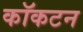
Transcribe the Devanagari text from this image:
कॉकटन